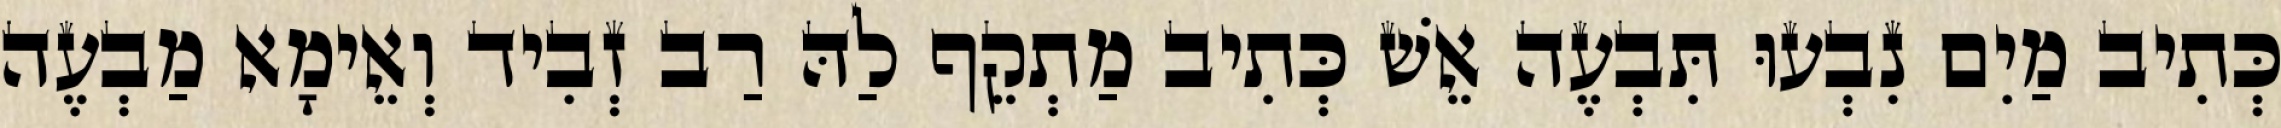
כְּתִיב מַיִם נִבְעוּ תִּבְעֶה אֵשׁ כְּתִיב מַתְקֵף לַהּ רַב זְבִיד וְאֵימָא מַבְעֶה